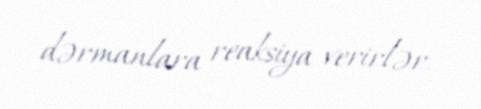
dərmanlara reaksiya verirlər.